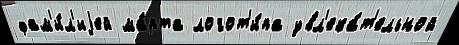
фам'и́л'иjей ма́рта логот'и́па увл'ека́т'ельной